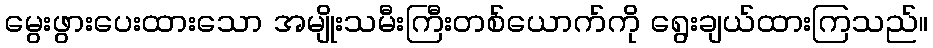
မွေးဖွားပေးထားသော အမျိုးသမီးကြီးတစ်ယောက်ကို ရွေးချယ်ထားကြသည်။